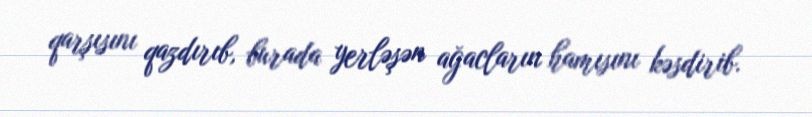
qarşısını qazdırıb, burada yerləşən ağacların hamısını kəsdirib.